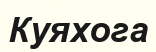
Куяхога